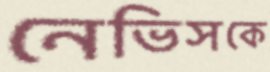
নেভিসকে